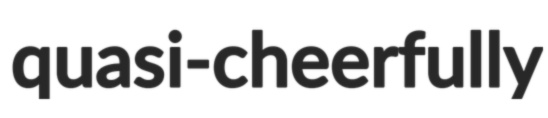
quasi-cheerfully